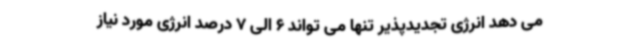
می دهد انرژی تجدیدپذیر تنها می تواند 6 الی 7 درصد انرژی مورد نیاز